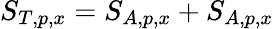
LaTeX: S_{T,p,x}=S_{A,p,x}+S_{A,p,x}